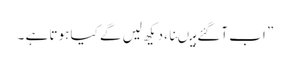
” اب آگئے ہیںنا ،دیکھ لیں گے کیا ہوتا ہے ۔